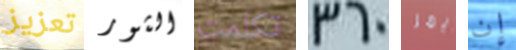
تعزيز الثور تكلمت 360 آيمز إن